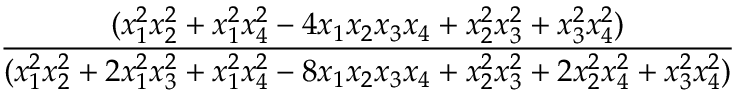
\displaystyle \frac { ( x _ { 1 } ^ { 2 } x _ { 2 } ^ { 2 } + x _ { 1 } ^ { 2 } x _ { 4 } ^ { 2 } - 4 x _ { 1 } x _ { 2 } x _ { 3 } x _ { 4 } + x _ { 2 } ^ { 2 } x _ { 3 } ^ { 2 } + x _ { 3 } ^ { 2 } x _ { 4 } ^ { 2 } ) } { ( x _ { 1 } ^ { 2 } x _ { 2 } ^ { 2 } + 2 x _ { 1 } ^ { 2 } x _ { 3 } ^ { 2 } + x _ { 1 } ^ { 2 } x _ { 4 } ^ { 2 } - 8 x _ { 1 } x _ { 2 } x _ { 3 } x _ { 4 } + x _ { 2 } ^ { 2 } x _ { 3 } ^ { 2 } + 2 x _ { 2 } ^ { 2 } x _ { 4 } ^ { 2 } + x _ { 3 } ^ { 2 } x _ { 4 } ^ { 2 } ) }